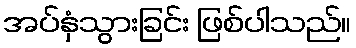
အပ်နှံသွားခြင်း ဖြစ်ပါသည်။